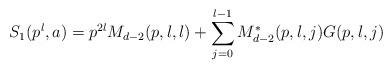
LaTeX: \begin{align*} S_1(p^l,a)=p^{2l}M_{d-2}(p,l,l)+\sum_{j=0}^{l-1}M^{*}_{d-2}(p,l,j)G(p,l,j)\end{align*}